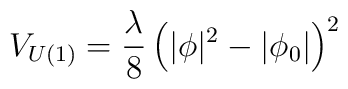
V_{U(1)} = \frac{\lambda}{8}\left(|\phi|^2 - |\phi_0|\right)^2